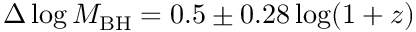
\Delta \log M _ { \mathrm { B H } } = 0 . 5 \pm 0 . 2 8 \log ( 1 + z )